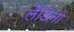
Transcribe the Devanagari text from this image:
लैडिनो